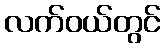
လက်ဝယ်တွင်